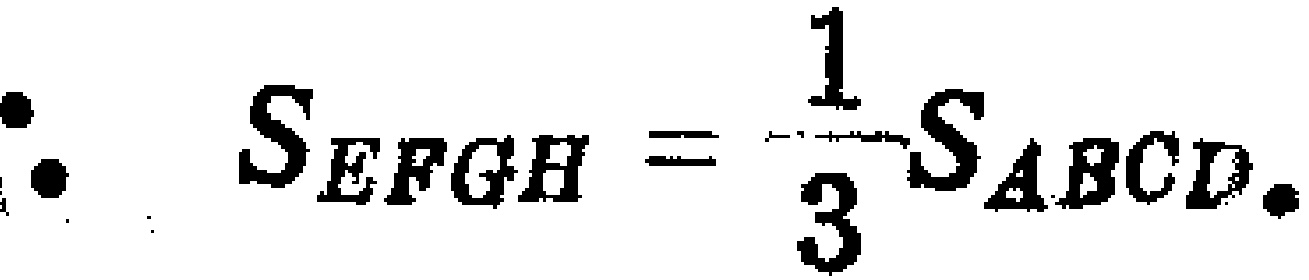
\(\therefore S_{EFGH}=\frac{1}{3}S_{ABCD}.\)